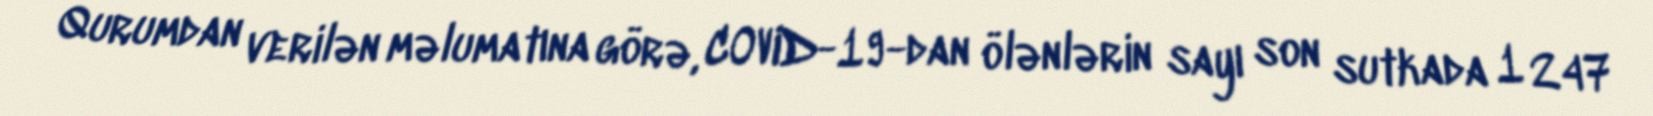
Qurumdan verilən məlumatına görə, COVID-19-dan ölənlərin sayı son sutkada 1 247